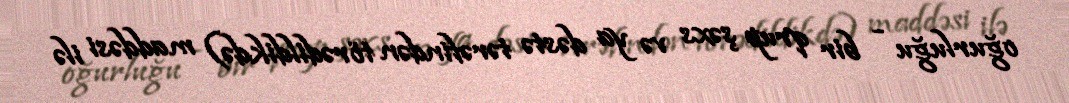
oğurluğu - bir qrup şəxs və ya dəstə tərəfindən törədildikdə) maddəsi ilə